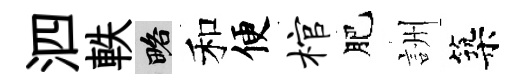
泗軼略和便棺肥詶築